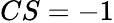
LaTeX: CS=-1